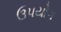
ઉપયોગ